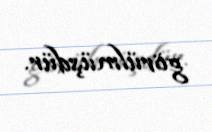
görülmüşdür.